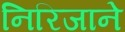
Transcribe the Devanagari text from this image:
निरिजाने